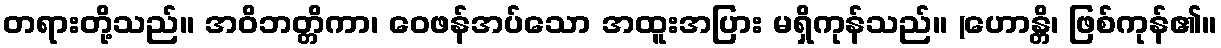
တရားတို့သည်။ အဝိဘတ္တိကာ၊ ဝေဖန်အပ်သော အထူးအပြား မရှိကုန်သည်။ (ဟောန္တိ၊ ဖြစ်ကုန်၏။